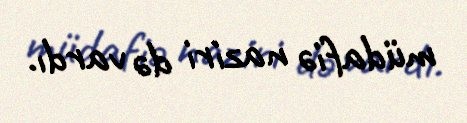
müdafiə naziri də vardı.